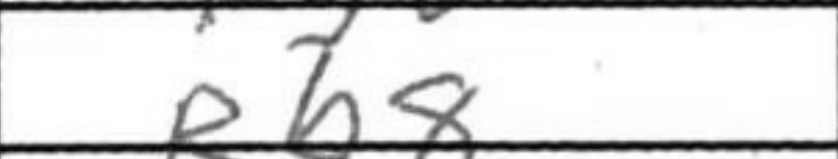
Transcription: Rb8